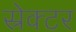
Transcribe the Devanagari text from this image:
स्रेक्टर